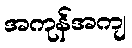
အကုန်အကျ